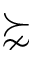
\succnsim